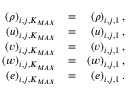
\begin{array} { r l r } { { ( \rho ) _ { i , j , K _ { M A X } } } } & { { = } } & { { ( \rho ) _ { i , j , 1 } \, \mathrm { , } } } \\ { { ( u ) _ { i , j , K _ { M A X } } } } & { { = } } & { { ( u ) _ { i , j , 1 } \, \mathrm { , } } } \\ { { ( v ) _ { i , j , K _ { M A X } } } } & { { = } } & { { ( v ) _ { i , j , 1 } \, \mathrm { , } } } \\ { { ( w ) _ { i , j , K _ { M A X } } } } & { { = } } & { { ( w ) _ { i , j , 1 } \, \mathrm { , } } } \\ { { ( e ) _ { i , j , K _ { M A X } } } } & { { = } } & { { ( e ) _ { i , j , 1 } \, \mathrm { . } } } \end{array}